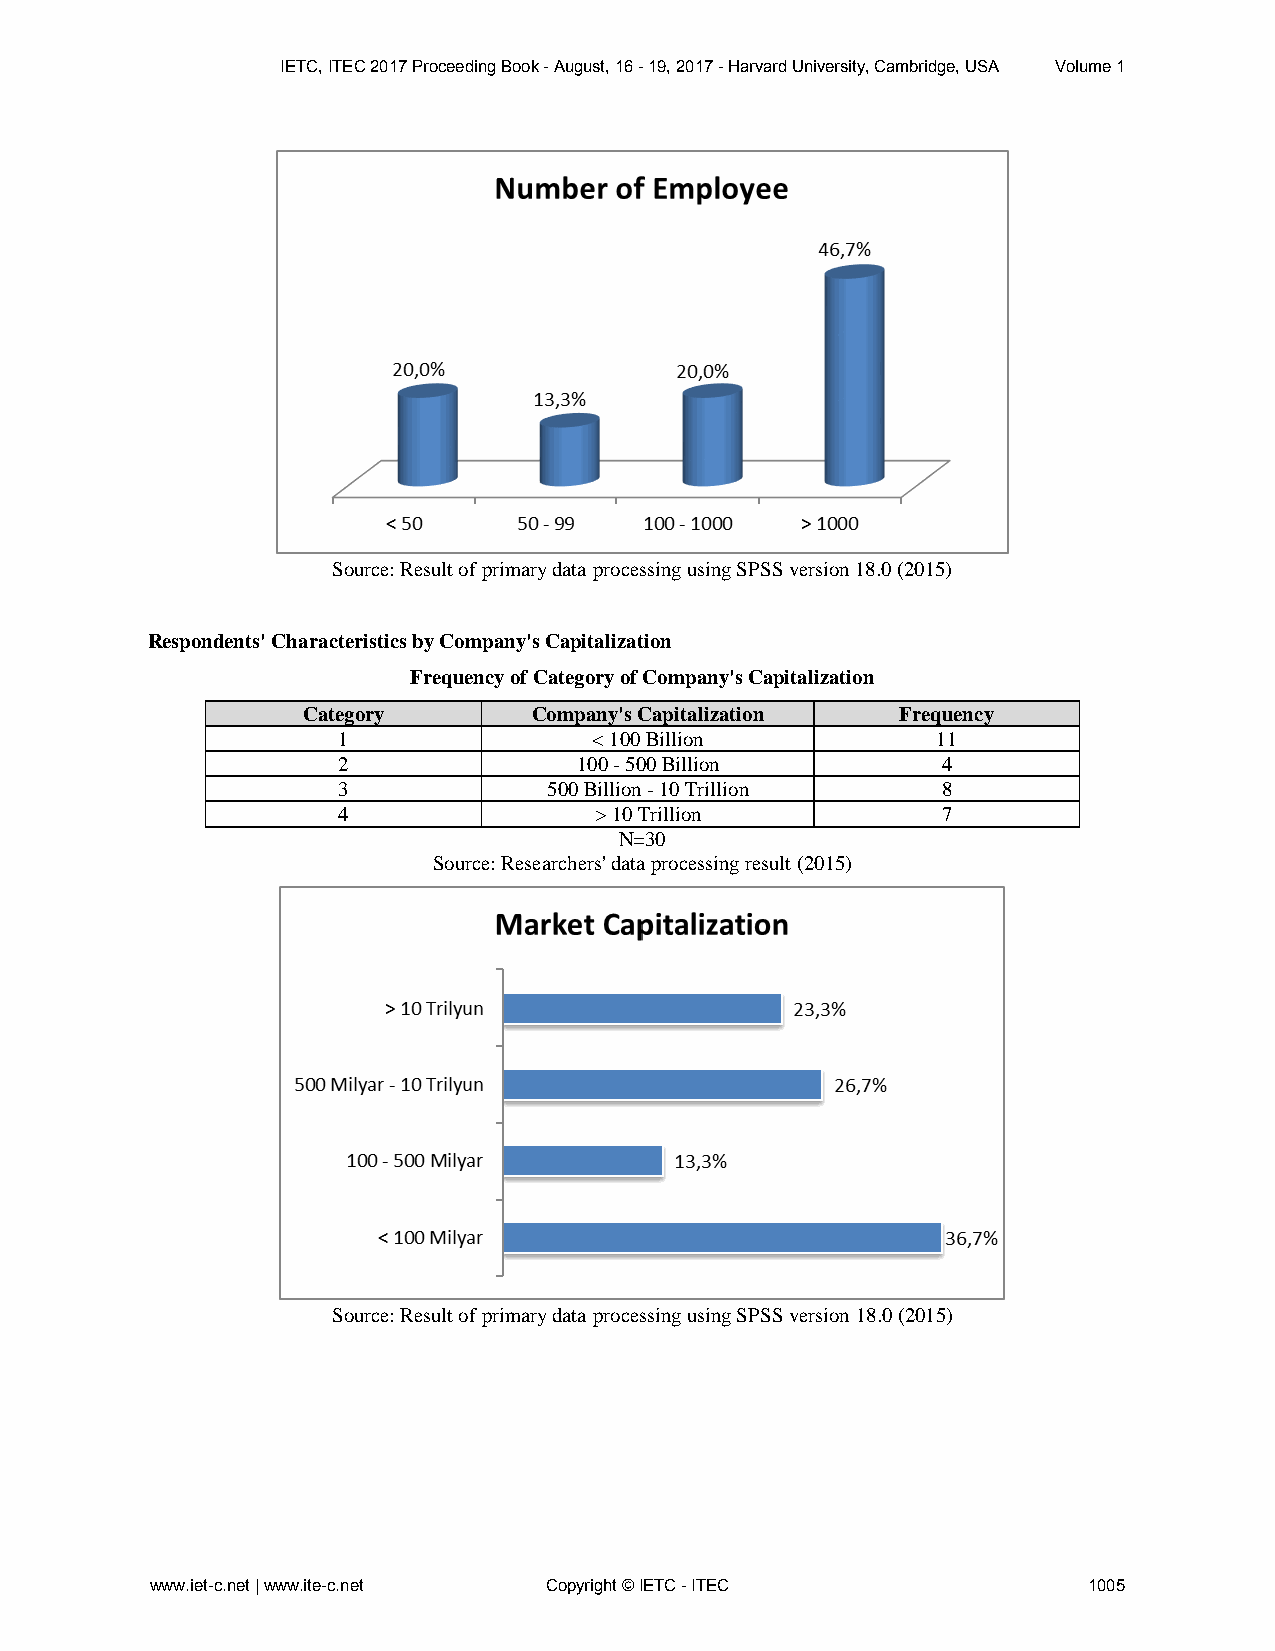
IETC, ITEC 2017 Proceeding Book - August, 16 - 19, 2017 - Harvard University, Cambridge, USA Volume 1
 Source: Result of primary data processing using SPSS version 18.0 (2015)
 Respondents' Characteristics by Company's Capitalization
 Frequency of Category of Company's Capitalization
 Category       Company's Capitalization Frequency
 1                < 100 Billion          11
 2               100 - 500 Billion       4
 3             500 Billion - 10 Trillion 8
 4                > 10 Trillion          7
 N=30
 Source: Researchers' data processing result (2015)
 Source: Result of primary data processing using SPSS version 18.0 (2015)
 www.iet-c.net | www.ite-c.net Copyright © IETC - ITEC         1005